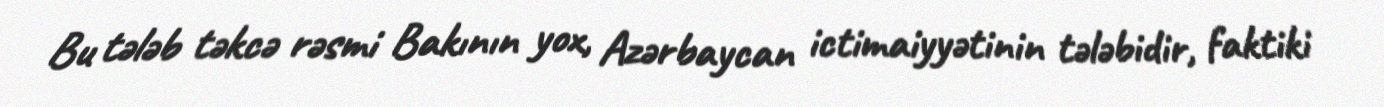
Bu tələb təkcə rəsmi Bakının yox, Azərbaycan ictimaiyyətinin tələbidir, faktiki